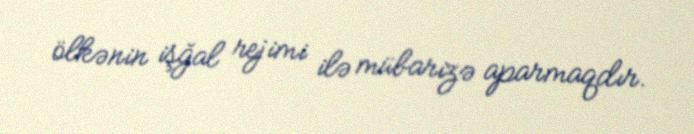
ölkənin işğal rejimi ilə mübarizə aparmaqdır.